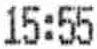
15:55